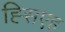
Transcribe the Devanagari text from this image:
ह्सिएह